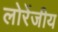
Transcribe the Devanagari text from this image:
लोरेंजीय